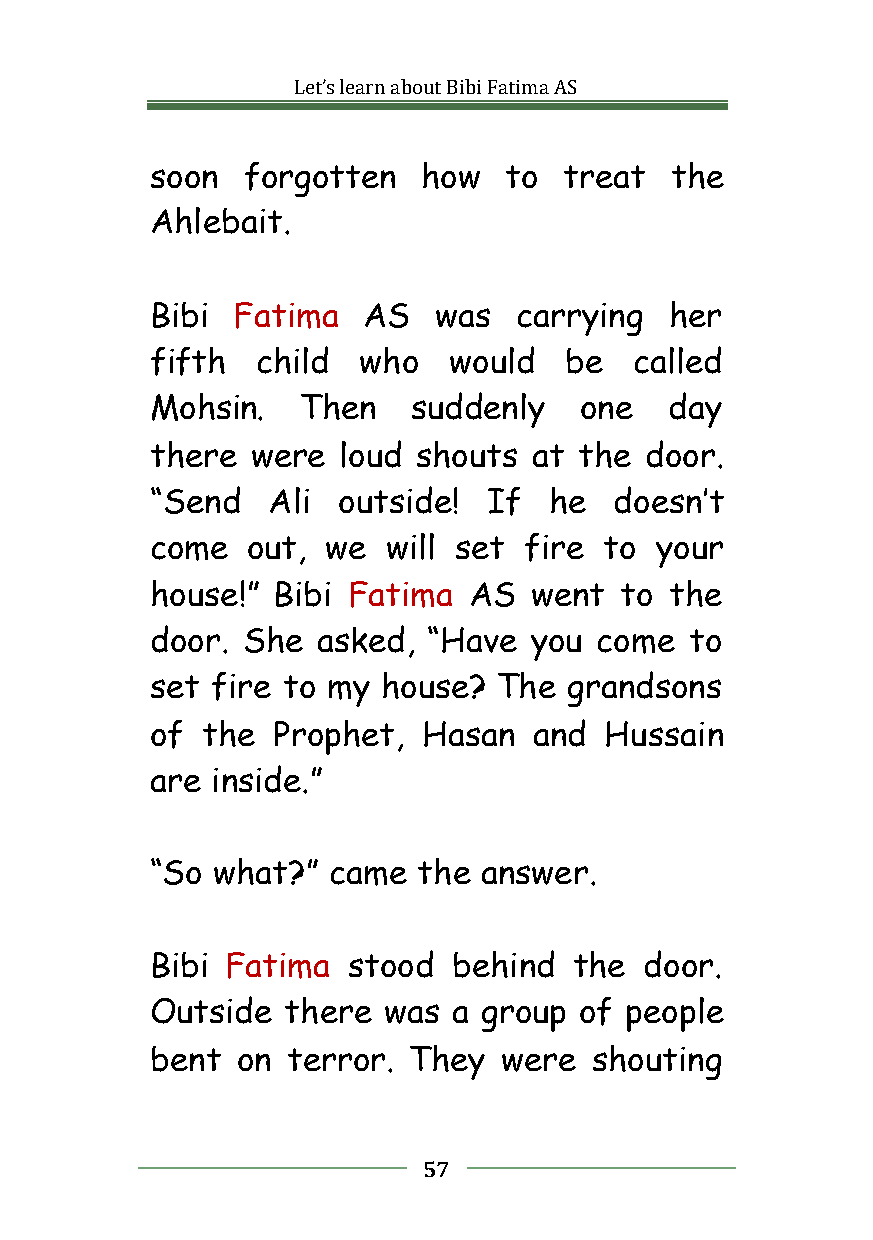
Let’slearnaboutBibiFatimaAS
 soon  forgotten   how  to  treat  the
 Ahlebait.
 Bibi Fatima   AS   was  carrying  her
 fifth  child  who   would  be   called
 Mohsin.   Then   suddenly   one   day
 there  were loud  shouts at the  door.
 “Send   Ali outside!  If  he   doesn’t
 come  out,  we  will set fire to your
 house!” Bibi Fatima  AS  went  to the
 door. She  asked, “Have  you  come  to
 set fire to my house?  The  grandsons
 of the  Prophet,  Hasan  and  Hussain
 are inside.”
 “So what?”  came  the answer.
 Bibi Fatima  stood  behind  the  door.
 Outside  there was  a group of people
 bent  on terror. They  were  shouting
 57